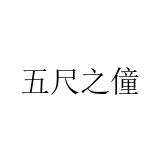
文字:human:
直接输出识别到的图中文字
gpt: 五尺之僮